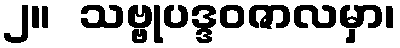
၂။  သဗ္ဗုပဒ္ဒဝဇာလမှာ၊